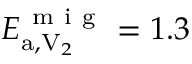
E _ { \mathrm { a } , \mathrm { V } _ { 2 } } ^ { \mathrm { ~ m ~ i ~ g ~ } } = 1 . 3